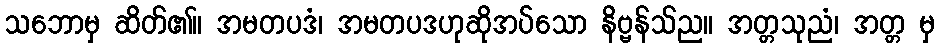
သဘောမှ ဆိတ်၏။ အမတပဒံ၊ အမတပဒဟုဆိုအပ်သော နိဗ္ဗန်သ်ည။ အတ္တသုညံ၊ အတ္တ မှ